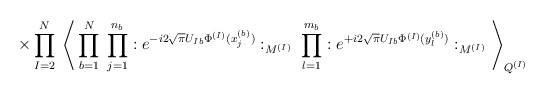
\begin{align*}\times \prod_{I=2}^N \;\Bigg\langle\prod_{b=1}^N \; \prod_{j=1}^{n_b} : e^{- i 2 \sqrt{\pi} U_{I b} \Phi^{(I)}(x^{(b)}_j)} :_{M^{(I)}} \; \prod_{l=1}^{m_b} : e^{+ i 2 \sqrt{\pi} U_{I b} \Phi^{(I)}(y^{(b)}_l)} :_{M^{(I)}} \Bigg\rangle_{Q^{(I)}}\end{align*}